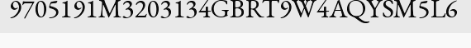
9705191M3203134GBRT9W4AQYSM5L6